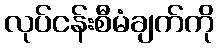
လုပ်ငန်းစီမံချက်ကို